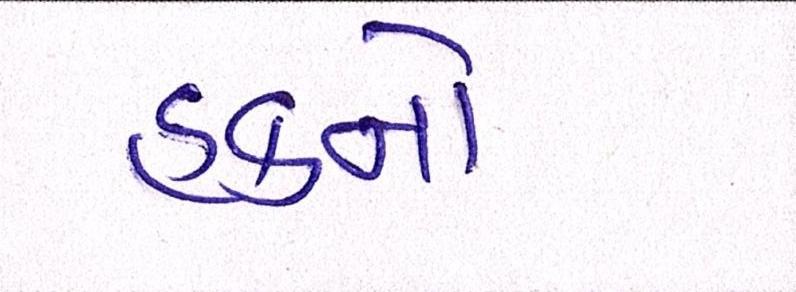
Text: હકનો